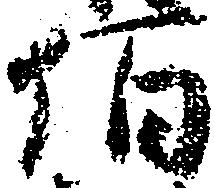
佰